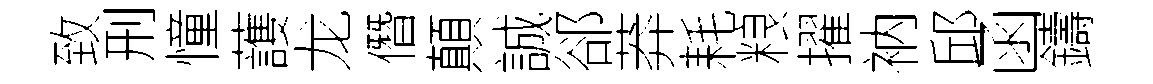
致刑憧䕶龙僭顛誠郤莽耗粮擢衲邱函鑄